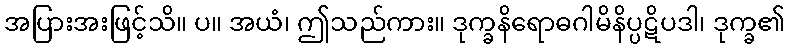
အပြားအးဖြင့်သိ။ ပ။ အယံ၊ ဤသည်ကား။ ဒုက္ခနိရောဓဂါမိနိပ္ပဋိပဒါ၊ ဒုက္ခ၏